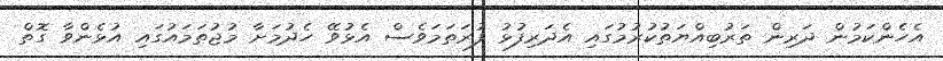
އެހެންކަމުން ދަރިން ތަރުބިއްޔަތުކުރުމުގައި އެދަރިފުޅު ފުރަތަމަވެސް އެޅުވޭ ހެދުމަށާ މުޖުތަމައުގައި އުޅެންވާ ގޮތް